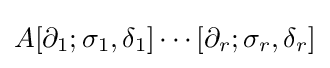
A[\partial _{1};\sigma _{1},\delta _{1}]\cdots [\partial _{r};\sigma _{r},\delta _{r}]